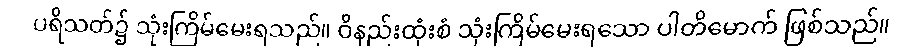
ပရိသတ်၌ သုံးကြိမ်မေးရသည်။ ဝိနည်းထုံးစံ သုံးကြိမ်မေးရသော ပါတိမောက် ဖြစ်သည်။